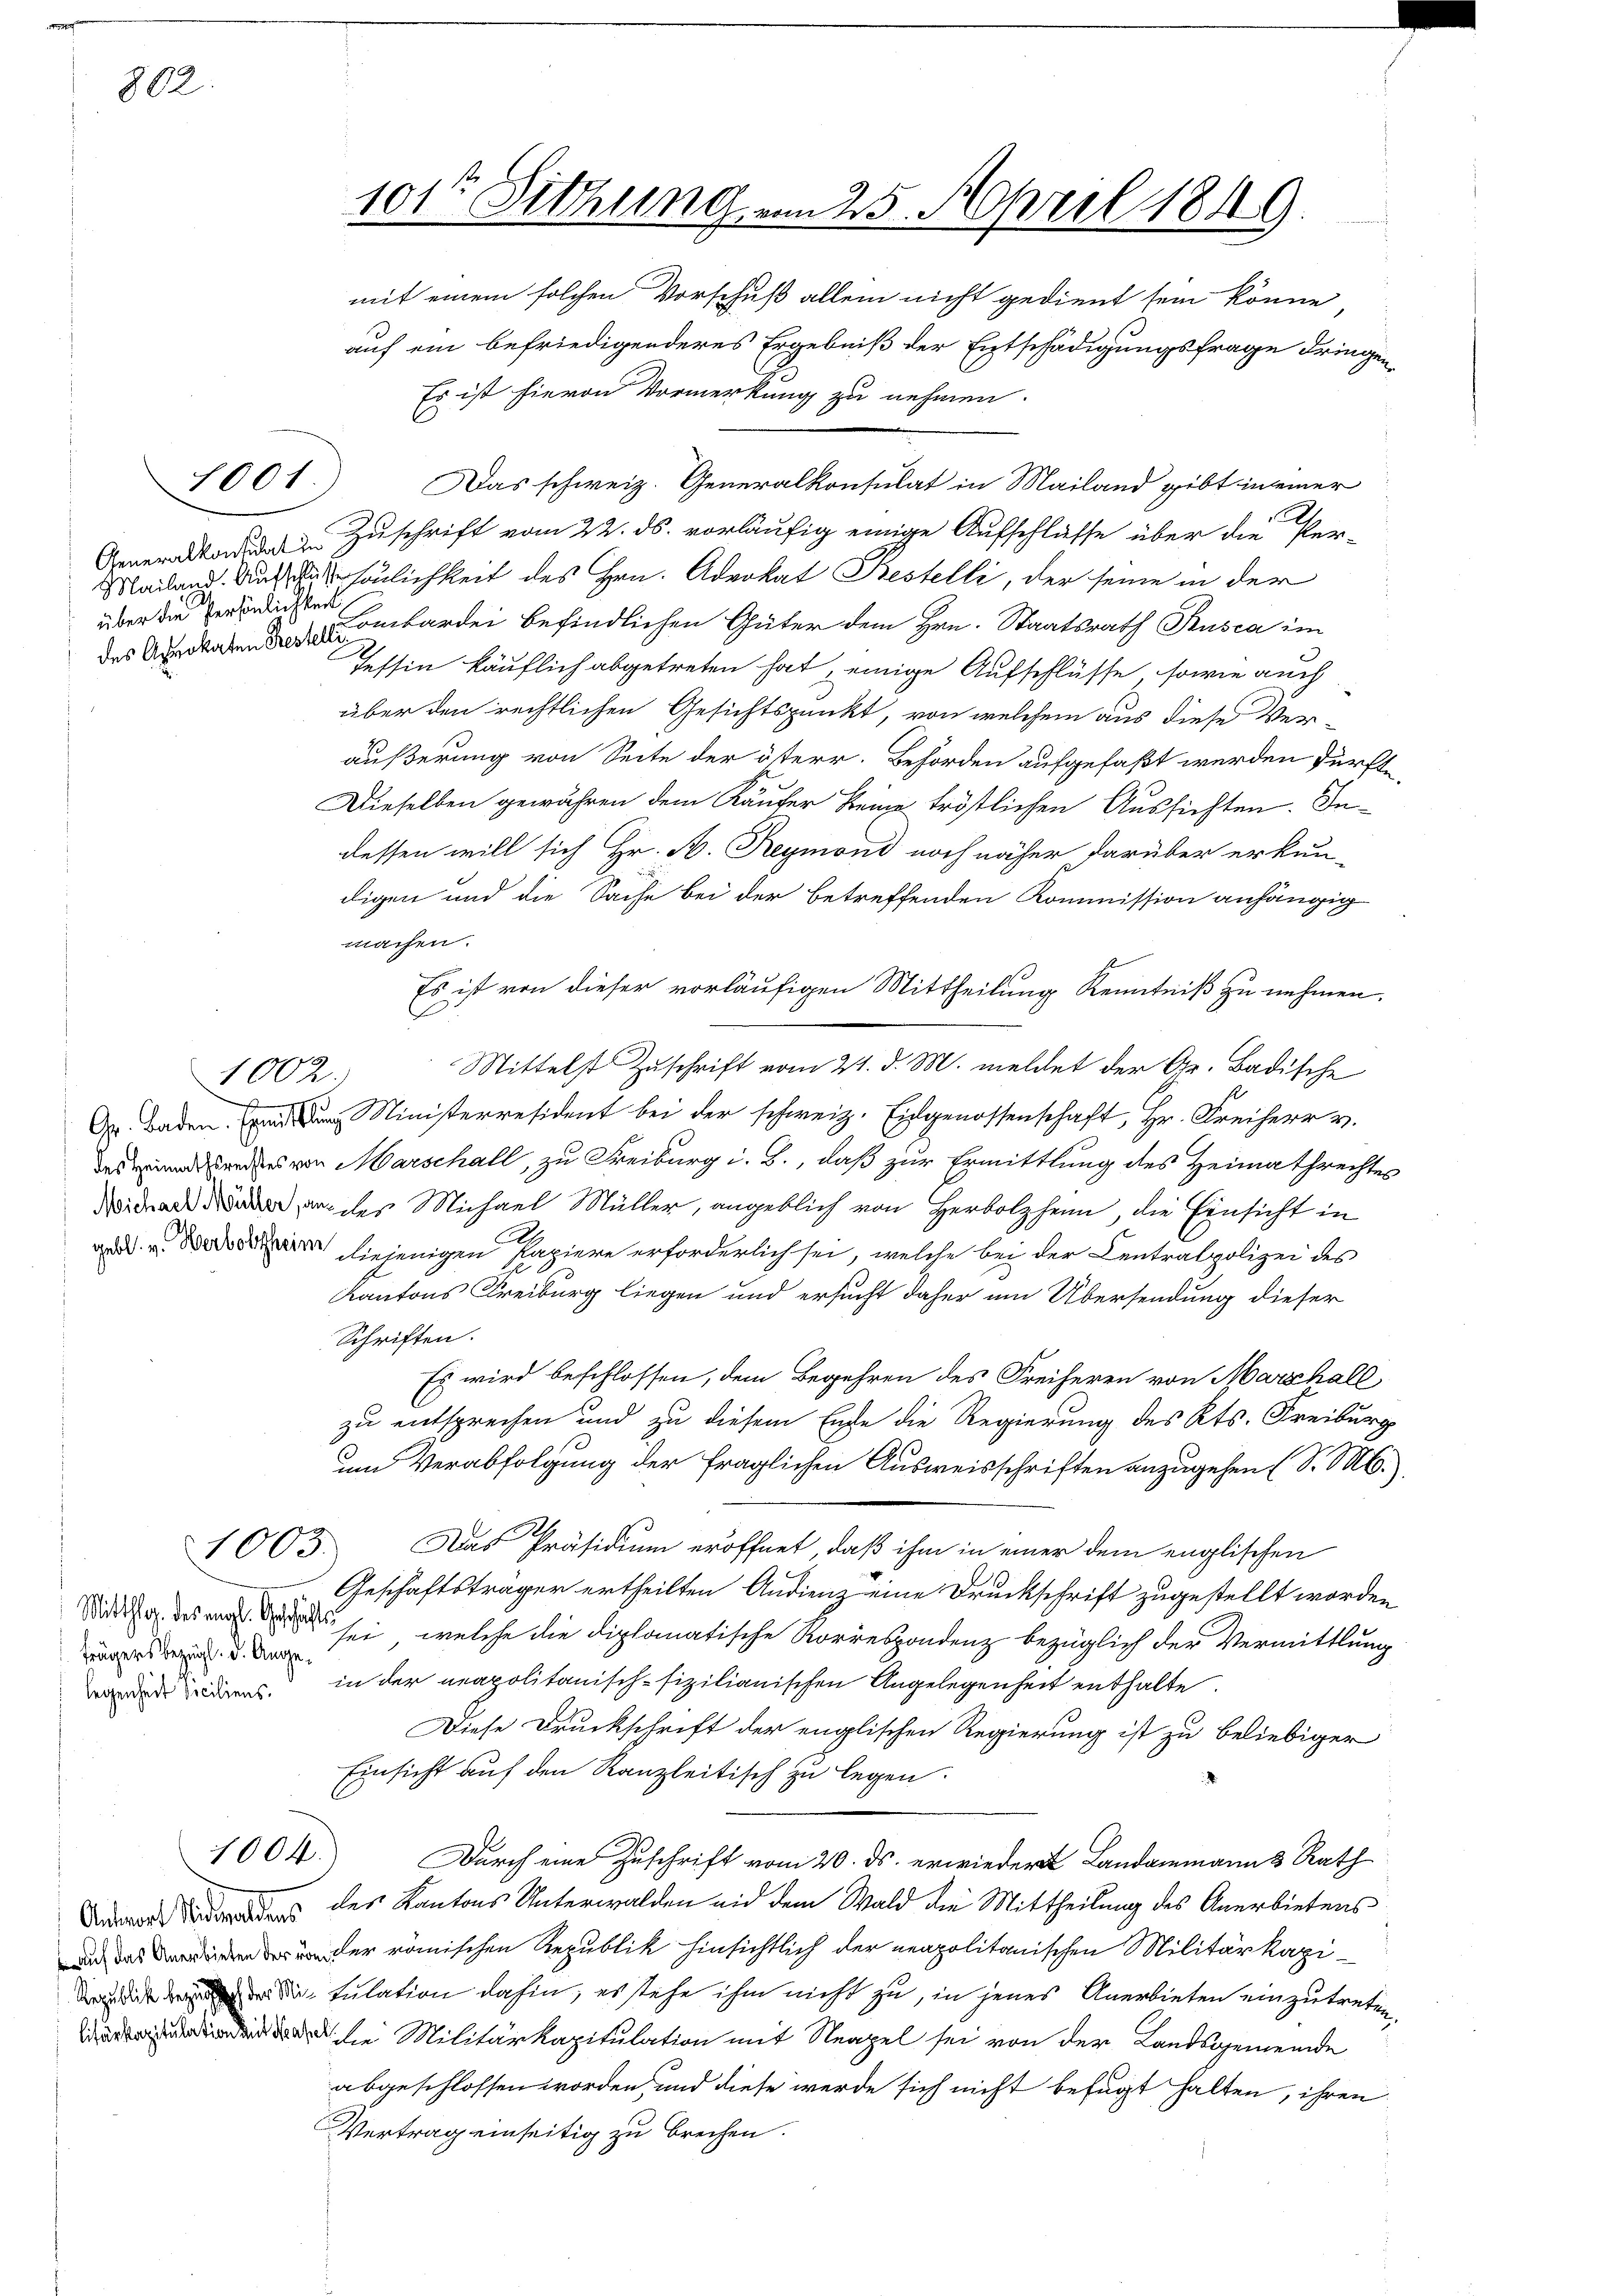
802.

über die Persönlichkeit

1001.

u

1002

1003.

trägers bezügl. d. Ange¬

1004.

101te Sitzung am 25. April 1849.
mit einem solchen Vorschuß allein nicht gedient sein könne

auf ein befriedigenderes Ergebniß der Entschädigungsfrage dringen
Es ist hievon Vormerkung zu nehmen.
Das schweiz. Generalkonsulat in Mailand gibt in einer
C
Generkadi zu Zuschrift vom 22. ds. vorläufig einige Aufschlüsse über die Per-
Mailand. Aussönlichkeit des Hrn. Advokat Bestelli, der seine in der
des Angabendbardei befindlichen Güter dem Hrn. Staatsrath Rusca im
Tessin käuflich abgetreten hat, einige Aufschlüsse, sowie auch
über den rechtlichen Gesichtspunkt, von welchem aus diese Ver-
äußerung von Seite der österr. Behörden aufgefaßt werden dürfte,
Dieselben gewähren dem Käufer keine tröstlichen Aussichten. Indessen will sich Hr. A. Reymond noch näher darüber erkun-
digen und die Sache bei der betreffenden Kommission anhängig
machen.
Es ist von dieser vorläufigen Mittheilung Kenntniß zu nehmen.
Mittelst Zuschrift vom 21. d. M. meldet der Gr. Badische
Gr. Baden Ministeresident bei der schweiz. Eidgenossenschaft, Hr. Freiherr v.
es und andes von Marschall, zu Freiburg i. B., daß zur Ermittlung des Heimathrechtes
da an des Michael Müller, angeblich von Herbolzheim, die Einsicht in
 oder diejenigen Papiere erforderlich sei, welche bei der Centralpolizei des
Kantons Freiburg liegen und ersucht daher um Übersendung dieser
Schriften.
Es wird beschlossen, dem Begehren des Freiherrn von Marschall
zu entsprechen und zu diesem Ende die Regierung des Kts. Freiburg
um Verabfolgung der fraglichen Ausweisschriften anzugehen (S. M.
A
Das Präsidium eröffnet, daß ihm in einer dem englischen
Geschäftsträger ertheilten Andienz eine Druckschrift zugestellt worden
Sitte des mit sei, welche die diplomatische Korrespondenz bezüglich der Vermittlung
 iden in der neapolitanisch-fizilianischen Angelegenheit enthalte.
Diese Druckschrift der englischen Regierung ist zu beliebiger
Einsicht auf den Kanzleitisch zu legen.
Durch eine Zuschrift vom 20. ds. erwieder Landammann 3 Rath
 des Kantons Unterwalden und dem Wald die Mittheilung des Anerbietensdn der römischen Republik hinsichtlich der neapolitanischen Militärkapiait der die sulation dahin, es stehe ihm nicht zu, in jenes Anerbieten einzutreten
e Militärkapitulation mit Neapel sei von der Landsgemeinde
abgeschlossen worden, und diese werde sich nicht befugt halten, ihren
Vertrag einseitig zu brechen.